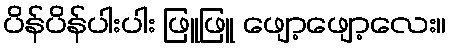
ပိန်ပိန်ပါးပါး ဖြူဖြူ ဖျော့ဖျော့လေး။